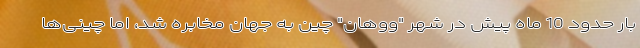
بار حدود 10 ماه پیش در شهر "ووهان" چین به جهان مخابره شد، اما چینی‌ها